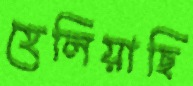
হেলিয়াছি